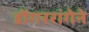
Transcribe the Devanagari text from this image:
डोंगररांगेने